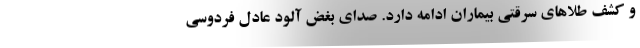
و کشف طلا‌های سرقتی بیماران ادامه دارد. صدای بغض آلود عادل فردوسی